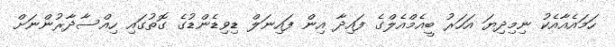
ހަމައެއާއެކު ނިމިދިޔަ އަހަރު ބީއެމްއެލްގެ ފައިދާ އިން ފައިނަލް ޑިވިޑެންޑުގެ ގޮތުގައި ހިއްސާދާރުންނަށް